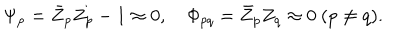
\Psi _ { p } = \bar { Z } _ { p } Z _ { p } - 1 \approx 0 , \quad \Phi _ { p q } = \bar { Z } _ { p } Z _ { q } \approx 0 \ ( p \neq q ) .